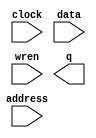
module pattern_ram (
	address,
	clock,
	data,
	wren,
	q);

	input	[4:0]  address;
	input	  clock;
	input	[8:0]  data;
	input	  wren;
	output	[8:0]  q;
`ifndef ALTERA_RESERVED_QIS
// synopsys translate_off
`endif
	tri1	  clock;
`ifndef ALTERA_RESERVED_QIS
// synopsys translate_on
`endif

endmodule